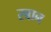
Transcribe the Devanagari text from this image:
रबान